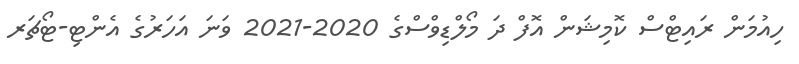
ހިއުމަން ރައިޓްސް ކޮމިޝަން އޮފް ދަ މޯލްޑިވްސްގެ 2020-2021 ވަނަ އަހަރުގެ އެންޓި-ޓޯޗަރ